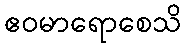
ဧဝမာရောစေသိ